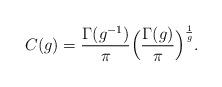
LaTeX: \begin{align*}C(g)=\frac{\Gamma(g^{-1})}{\pi}\Big(\frac{\Gamma(g)}{\pi}\Big)^{\frac{1}{g}}.\end{align*}